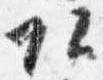
頭